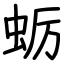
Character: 蛎